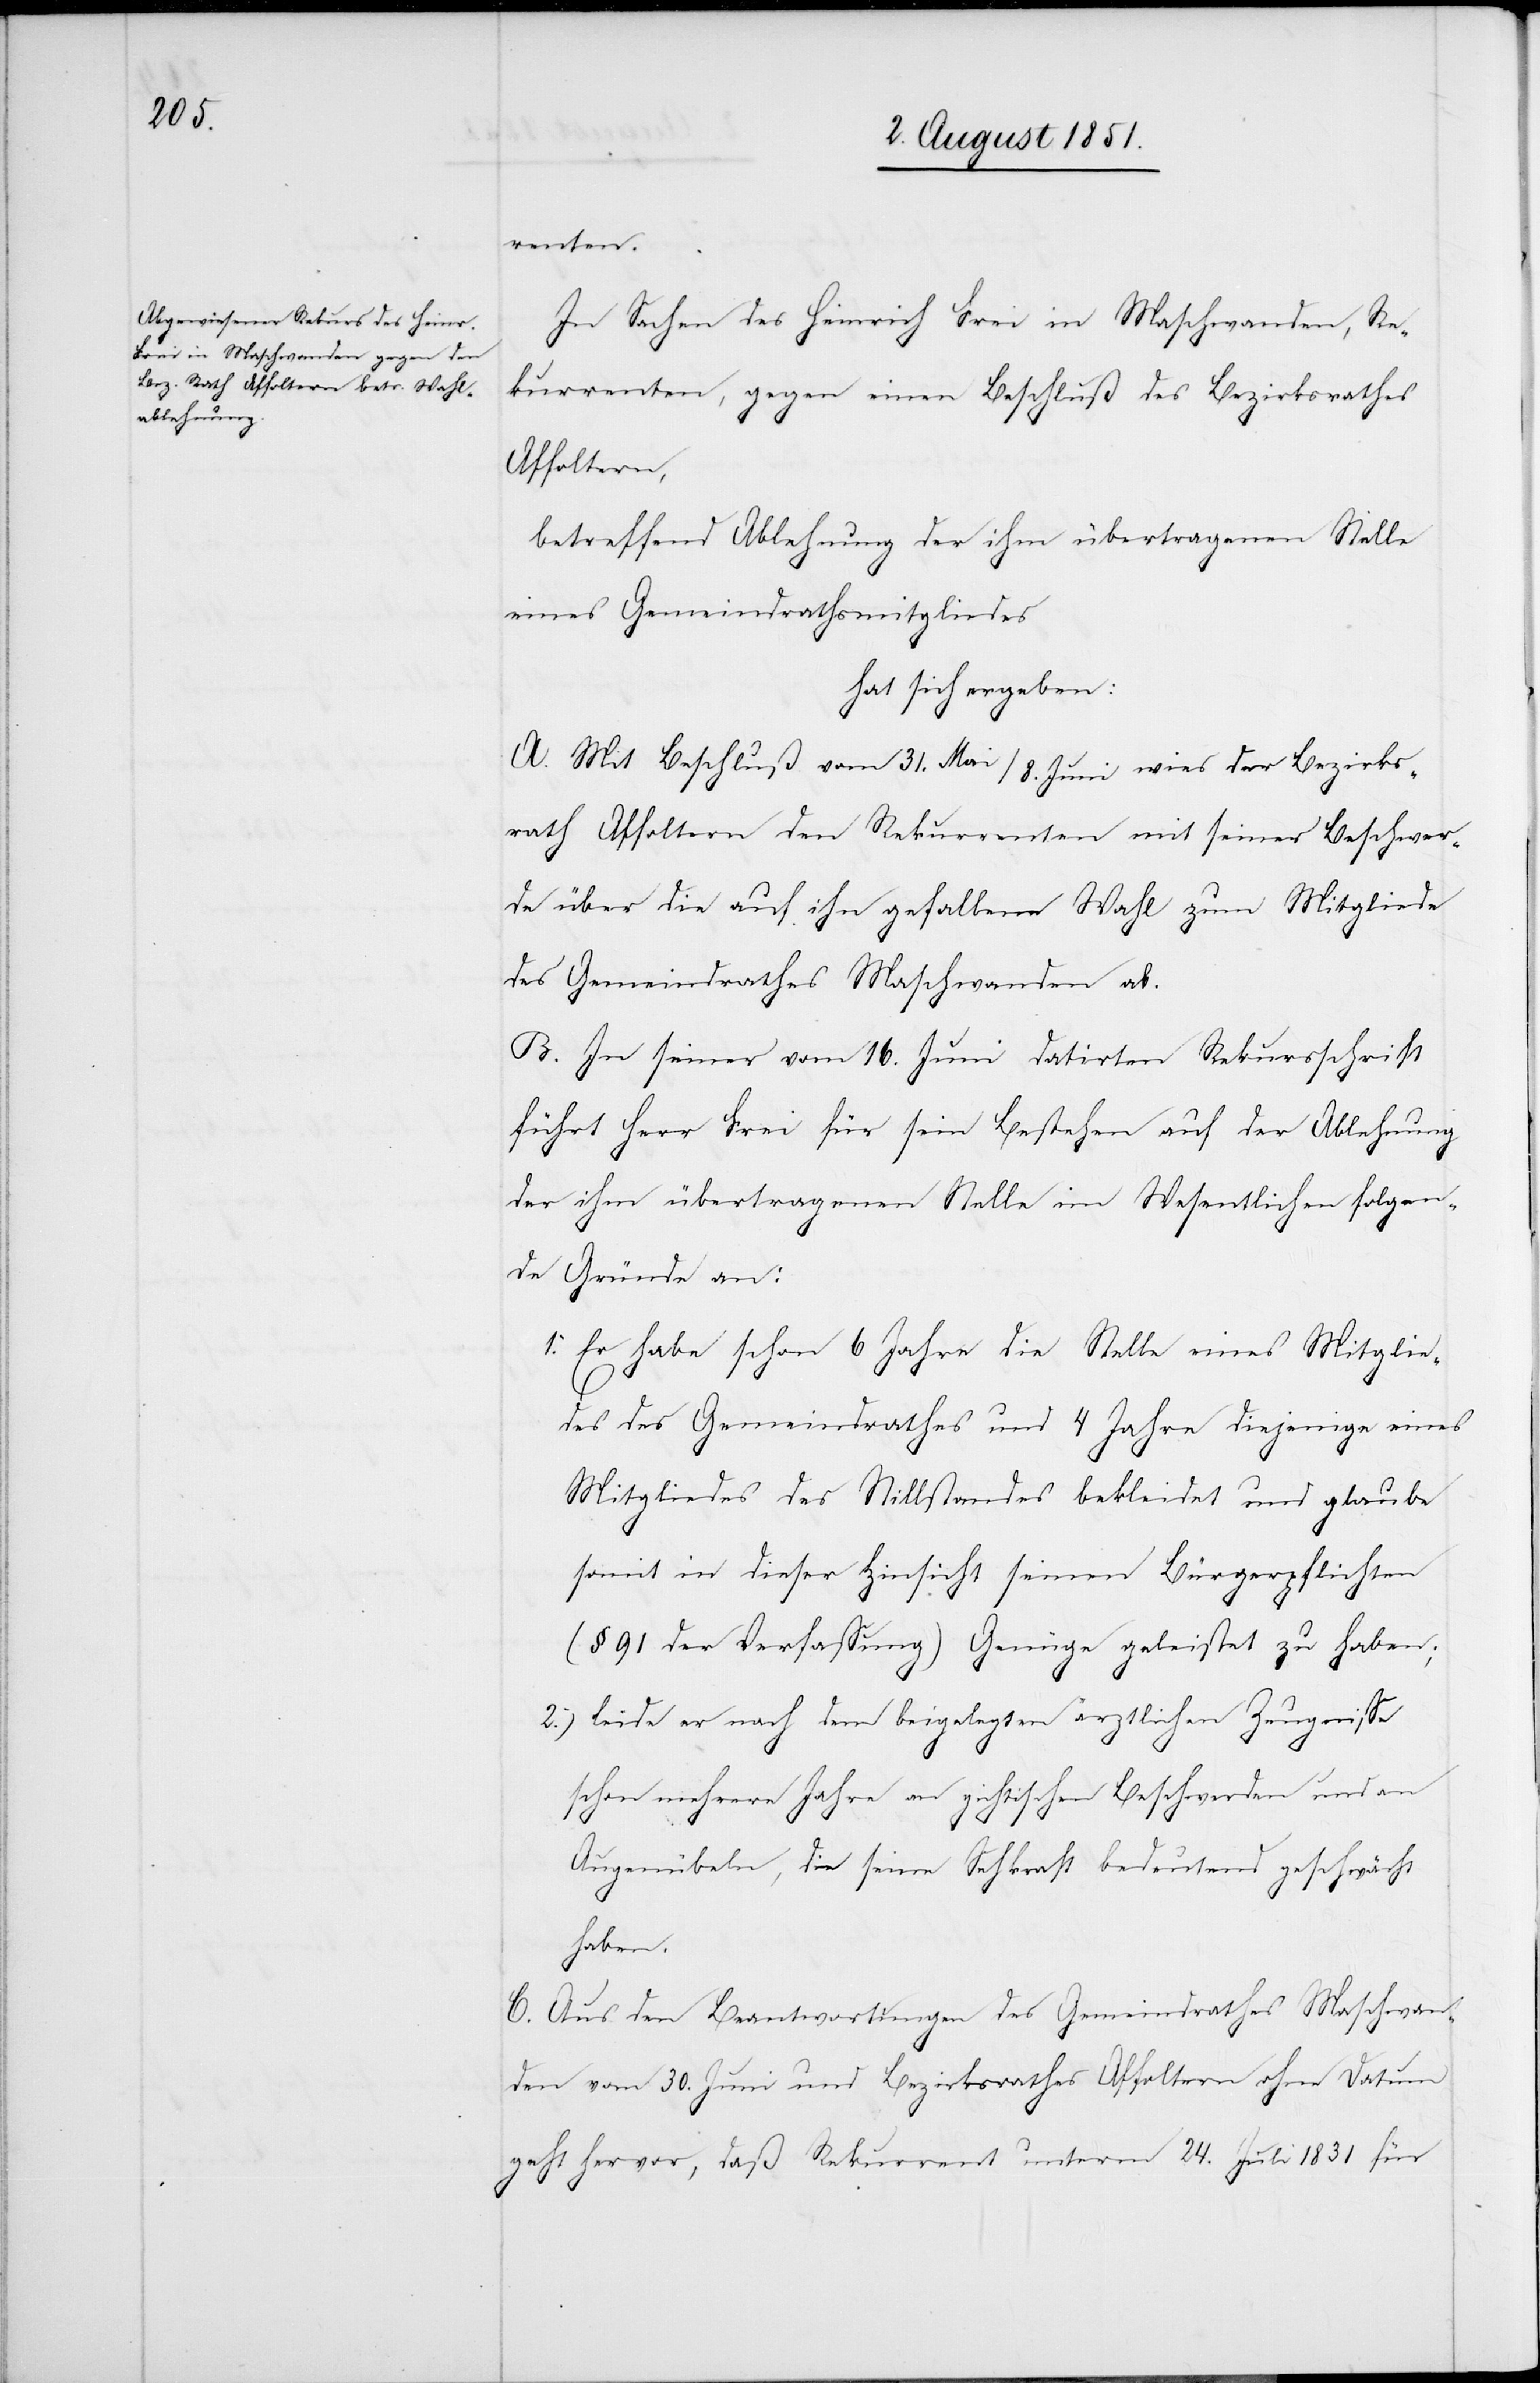
renten.
In Sachen des Heinrich Frei in Maschwanden, Re¬
kurrenten, gegen einen Beschluß des Bezirksrathes
Affoltern,
betreffend Ablehnung der ihm übertragenen Stelle
eines Gemeindrathsmitgliedes
hat sich ergeben:
A. Mit Beschluß vom 31. Mai / 8. Juni wies der Bezirks¬
rath Affoltern den Rekurrenten mit seiner Beschwer¬
de über die auf ihn gefallene Wahl zum Mitgliede
des Gemeindrathes Maschwanden ab.
B. In seiner vom 16. Juni datirten Rekursschrift
führt Herr Frei für sein Bestehen auf der Ablehnung
der ihm übertragenen Stelle im Wesentlichen folgen¬
de Gründe an:
Er habe schon 6 Jahre die Stelle eines Mitglie¬
des des Gemeindrathes und 4 Jahre diejenige eines
Mitgliedes des Stillstandes bekleidet und glaube
somit in dieser Hinsicht seinen Bürgerpflichten
(§ 91 der Verfassung) Genüge geleistet zu haben;
leide er nach dem beigelegten ärztlichen Zeugnisse
schon mehrere Jahre an gichtischen Beschwerden und an
Augenübeln, die seine Sehkraft bedeutend geschwächt
haben.
C. Aus den Beantwortungen des Gemeindrathes Maschwan¬
den vom 30. Juni und Bezirksrathes Affoltern ohne Datum
geht hervor, daß Rekurrent unterm 24. Juli 1831 für